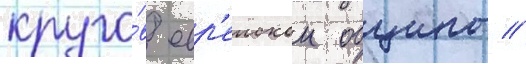
круго́в евр'еискои общины //